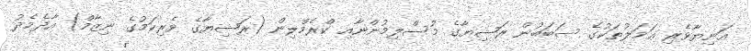
އަނިޔާވެރި ޢަމަލުތަކުގެ ސަބަބުން ރަޝިޔާގެ މުސްލިމުންނާއި ކްރެމްލިން (ރަޝިޔާގެ ވެރިކަމުގެ ނިޒާމް) އާދެމެދު